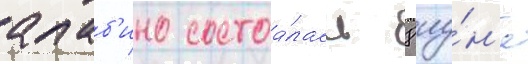
алаб'ино состоа́лась 8 иу́н'я